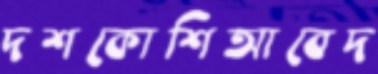
দশকোশিআবেদ